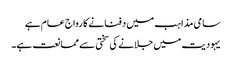
سامی مذاہب میں دفنانے کا رواج عام ہے
یہودیت میں جلانے کی سختی سے ممانعت ہے۔